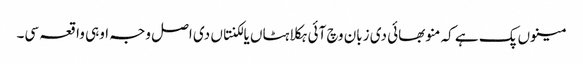
مینوں پک ہے کہ منو بھائی دی زبان وچ آئی ہکلاہٹاں یا لکنتاں دی اصل وجہ اوہی واقعہ سی۔